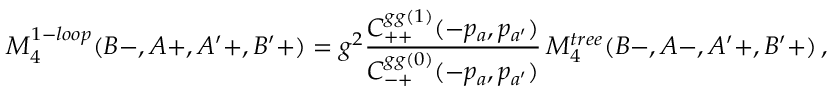
M _ { 4 } ^ { 1 - l o o p } ( B - , A + , A ^ { \prime } + , B ^ { \prime } + ) = g ^ { 2 } { \frac { C _ { + + } ^ { g g ( 1 ) } ( - p _ { a } , p _ { a ^ { \prime } } ) } { C _ { - + } ^ { g g ( 0 ) } ( - p _ { a } , p _ { a ^ { \prime } } ) } } \, M _ { 4 } ^ { t r e e } ( B - , A - , A ^ { \prime } + , B ^ { \prime } + ) \, ,